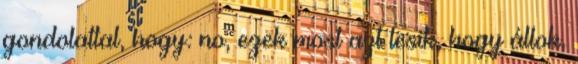
gondolattal, hogy: no, ezek most azt lesik, hogy állok,